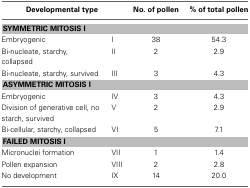
| <COLSPAN=2> Developmental type | No. of pollen | % of total pollen |
 | --- | --- | --- | --- |
 | <COLSPAN=4> SYMMETRIC MITOSIS I |
 | Embryogenic | I | 38 | 54.3 |
 | Bi-nucleate, starchy, collapsed | II | 2 | 2.9 |
 | Bi-nucleate, starchy, survived | III | 3 | 4.3 |
 | <COLSPAN=4> ASYMMETRIC MITOSIS I |
 | Embryogenic | IV | 3 | 4.3 |
 | Division of generative cell, no starch, survived | V | 2 | 2.9 |
 | Bi-cellular, starchy, collapsed | VI | 5 | 7.1 |
 | <COLSPAN=4> FAILED MITOSIS I |
 | Micronuclei formation | VII | 1 | 1.4 |
 | Pollen expansion | VIII | 2 | 2.8 |
 | No development | IX | 14 | 20.0 |